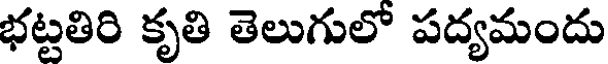
భట్టతిరి కృతి తెలుగులో పద్యమందు